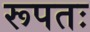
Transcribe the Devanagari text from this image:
रूपतः